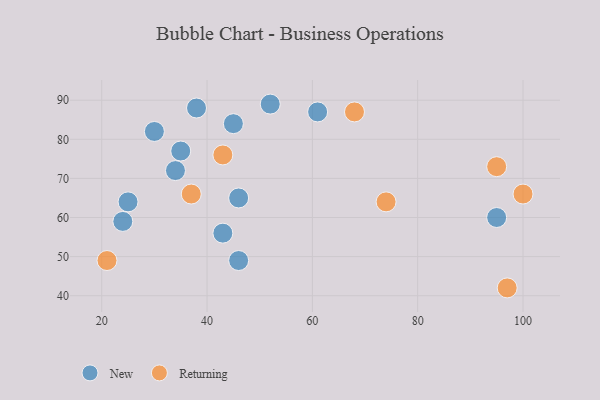
{"axis": {"x": "GDP", "y": "Life Expectancy"}, "legend": ["New", "Returning"], "data": [{"x": "46", "y": 65, "type": "New"}, {"x": "52", "y": 89, "type": "New"}, {"x": "30", "y": 82, "type": "New"}, {"x": "95", "y": 60, "type": "New"}, {"x": "38", "y": 88, "type": "New"}, {"x": "25", "y": 64, "type": "New"}, {"x": "24", "y": 59, "type": "New"}, {"x": "61", "y": 87, "type": "New"}, {"x": "45", "y": 84, "type": "New"}, {"x": "34", "y": 72, "type": "New"}, {"x": "46", "y": 49, "type": "New"}, {"x": "35", "y": 77, "type": "New"}, {"x": "43", "y": 56, "type": "New"}, {"x": "95", "y": 73, "type": "Returning"}, {"x": "97", "y": 42, "type": "Returning"}, {"x": "43", "y": 76, "type": "Returning"}, {"x": "100", "y": 66, "type": "Returning"}, {"x": "37", "y": 66, "type": "Returning"}, {"x": "74", "y": 64, "type": "Returning"}, {"x": "68", "y": 87, "type": "Returning"}, {"x": "21", "y": 49, "type": "Returning"}]}